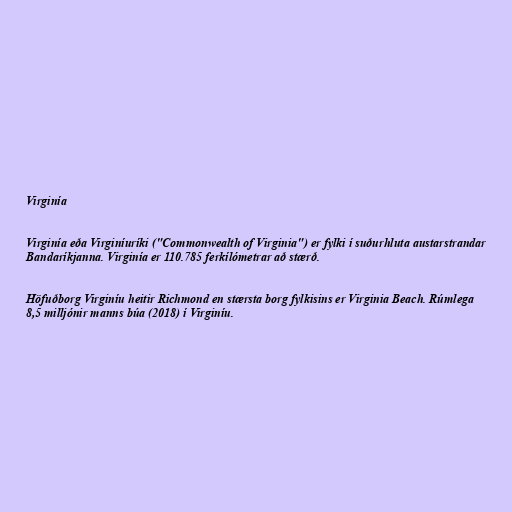
Virginía

Virginía eða Virginíuríki ("Commonwealth of Virginia") er fylki í suðurhluta austarstrandar
Bandaríkjanna. Virginía er 110.785 ferkílómetrar að stærð.

Höfuðborg Virginíu heitir Richmond en stærsta borg fylkisins er Virginia Beach. Rúmlega
8,5 milljónir manns búa (2018) í Virginíu.